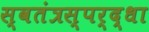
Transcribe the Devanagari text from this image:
स्वतंत्रस्पर्द्धा